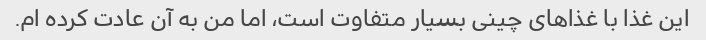
این غذا با غذاهای چینی بسیار متفاوت است، اما من به آن عادت کرده ام.